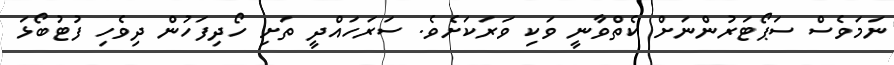
ނަމަވެސް ސަޕޯޓަރުންނަށް ކެތްވާނީ ވަކި ވަރަކަށެވެ. ސަރަހައްދީ ތަށި ހޯދިފަހުން ދިވެހި ފުޓުބޯޅަ